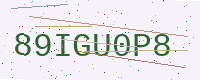
Text: 89IGU0P8